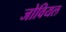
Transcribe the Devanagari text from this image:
जोवियल